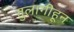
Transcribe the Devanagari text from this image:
तुलागीहून